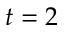
t = 2